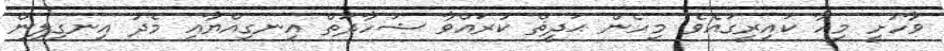
ވާހުށީ މިހާ ކައިރީގައެވެ. މިހެން ޙަދީޘް ކުރައްވާ ޝަހާދަތް އިނގިއްޔާއި މެދު އިނގިލިން